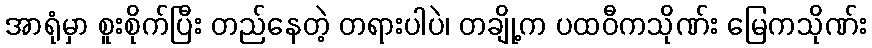
အာရုံမှာ စူးစိုက်ပြီး တည်နေတဲ့ တရားပါပဲ၊ တချို့က ပထဝီကသိုဏ်း မြေကသိုဏ်း